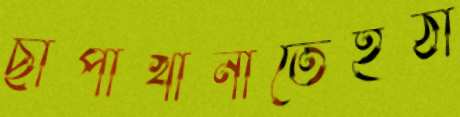
ছাপাখানাতেইঠা